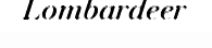
Lombardeer